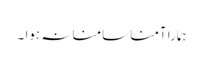
ہمارا آمنا سامنا نہ ہوا ۔